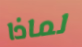
لماذا